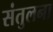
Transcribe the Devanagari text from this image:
संतुलना